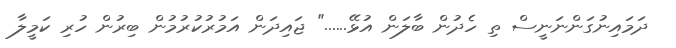
ދަމައިނުގަންނަނީސް ތި ހެދުން ބާލަން އުޅޭ......" ޖައިދަން އަމުރުކުރުމުން ބިރުން ހުރި ކަމީލާ